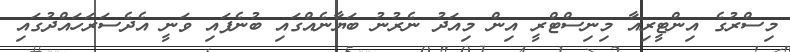
މިސްރުގެ އިންޓީރިއާ މިނިސްޓްރީ އިން މިއަދު ނެރުނު ބަޔާނެއްގައި ބުނެފައި ވަނީ އެދެސަރަހައްދުގައި